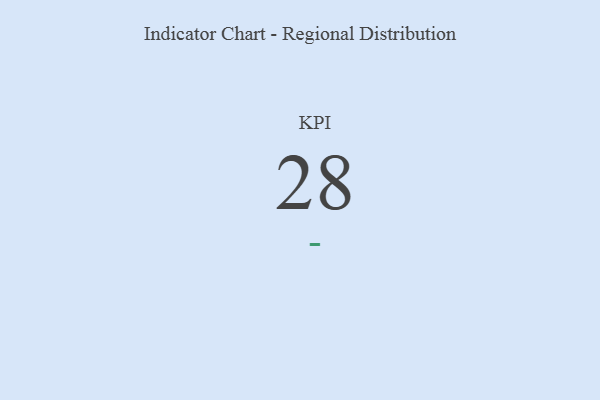
{"axis": {"x": "KPI", "y": "Value"}, "legend": [""], "data": [{"x": "KPI", "y": 28, "type": ""}]}